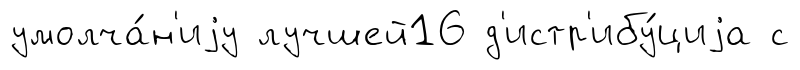
умолча́н'иjу лучшей16 д'истр'ибу́циjа с